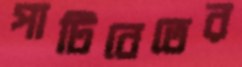
পাটিবেতের